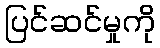
ပြင်ဆင်မှုကို